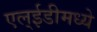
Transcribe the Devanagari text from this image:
एल्ईडीमध्ये